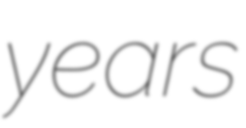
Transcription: years